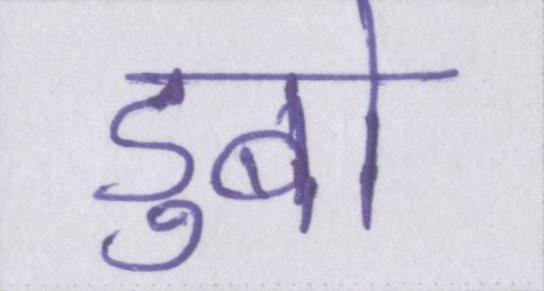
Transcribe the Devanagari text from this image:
डुबो